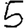
Digit: 5